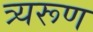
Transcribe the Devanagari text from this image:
त्र्यरूण